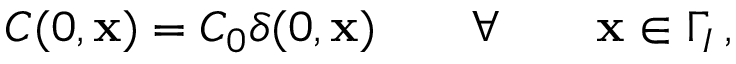
C ( 0 , { \mathbf x } ) = C _ { 0 } \delta ( 0 , { \mathbf x } ) \qquad \forall \qquad { \mathbf x } \in \Gamma _ { I } \, ,